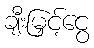
ချီးမြှင့်ငွေ